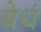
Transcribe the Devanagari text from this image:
बेधं